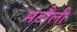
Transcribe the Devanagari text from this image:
मटौली